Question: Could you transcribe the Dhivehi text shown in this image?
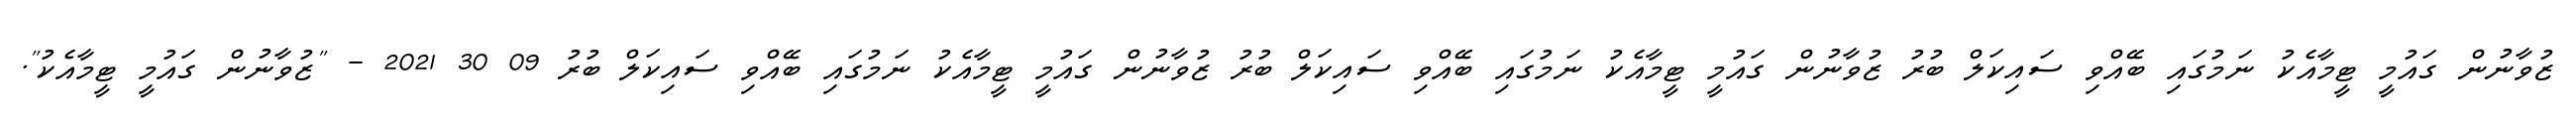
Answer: ޒުވާނުން ގައުމީ ޓީމާއެކު ނަމުގައި ބޭއްވި ސައިކަލް ބުރު ޒުވާނުން ގައުމީ ޓީމާއެކު ނަމުގައި ބޭއްވި ސައިކަލް ބުރު ޒުވާނުން ގައުމީ ޓީމާއެކު ނަމުގައި ބޭއްވި ސައިކަލް ބުރު 09 30 2021 - "ޒުވާނުން ގައުމީ ޓީމާއެކު".